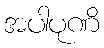
အပါပုဏိ